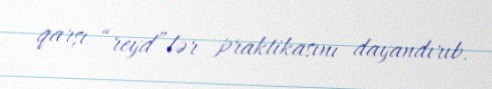
qarşı “reyd”lər praktikasını dayandırıb.